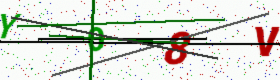
Text: Y08V